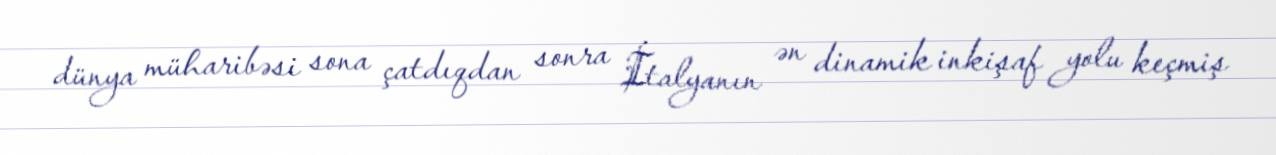
dünya müharibəsi sona çatdıqdan sonra İtalyanın ən dinamik inkişaf yolu keçmiş